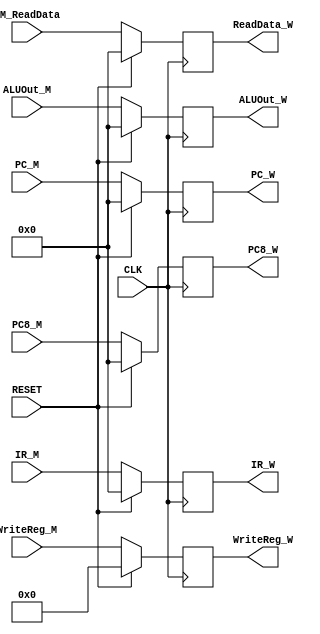
`timescale 1ns / 1ps
//////////////////////////////////////////////////////////////////////////////////
// Company: 
// Engineer: 
// 
// Design Name: 
// Module Name:    MtoWRegister 
// Project Name: 
// Target Devices: 
// Tool versions: 
// Description: 
//
// Dependencies: 
//
// Revision: 
// Revision 0.01 - File Created
// Additional Comments: 
//
//////////////////////////////////////////////////////////////////////////////////
module MtoWRegister(CLK, RESET, IR_M, WriteReg_M, DM_ReadData, ALUOut_M, PC_M, PC8_M,
												IR_W, WriteReg_W, ReadData_W, ALUOut_W, PC_W, PC8_W);
	input CLK, RESET;
	input [31:0] IR_M;
	input [4:0] WriteReg_M;
	input [31:0] DM_ReadData, ALUOut_M;
	input [31:0] PC_M, PC8_M;
	output [31:0] IR_W;
	output [4:0] WriteReg_W;
	output [31:0] ReadData_W, ALUOut_W;
	output [31:0] PC_W, PC8_W;
	
	reg [31:0] IR_W_reg;
	reg [4:0] WriteReg_W_reg;
	reg [31:0] ReadData_W_reg, ALUOut_W_reg;
	reg [31:0] PC_W_reg, PC8_W_reg;
	
	always @(posedge CLK) begin
		if(RESET) begin
				IR_W_reg <= 0;
				WriteReg_W_reg <= 0;
				ReadData_W_reg <= 0;
				ALUOut_W_reg <= 0;
				PC_W_reg <= 0;
				PC8_W_reg <= 0;
		end
		else begin
				IR_W_reg <= IR_M;
				WriteReg_W_reg <= WriteReg_M;
				ReadData_W_reg <= DM_ReadData;
				ALUOut_W_reg <= ALUOut_M;
				PC_W_reg <= PC_M;
				PC8_W_reg <= PC8_M;
		end
	end

	assign IR_W = IR_W_reg;
	assign WriteReg_W = WriteReg_W_reg;
	assign ReadData_W = ReadData_W_reg;
	assign ALUOut_W = ALUOut_W_reg;
	assign PC_W = PC_W_reg;
	assign PC8_W = PC8_W_reg;

endmodule